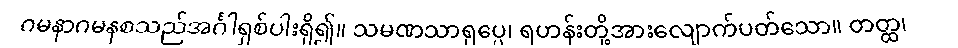
ဂမနာဂမနစသည်အင်္ဂါရှစ်ပါးရှိ၍။ သမဏသာရုပ္ပေ၊ ရဟန်းတို့အားလျောက်ပတ်သော။ တတ္ထ၊